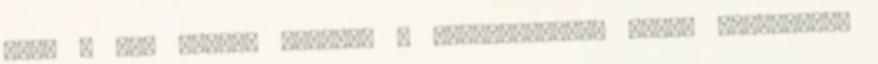
után a ház lángra kapott, a gyanúsítottak pedig szórakozni